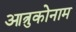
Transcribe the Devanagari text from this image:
आत्रुकोनाम